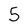
Character: 5